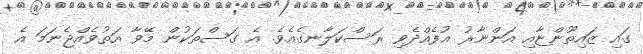
ގައި ޒައިތޫންޏާއި އަންނާރު އުފެއްދެވި ރަސްކަލާނގެއެވެ. އެ ގަސްތަކުން މޭވާ އަތުވެއްޖެނަމަ އެ